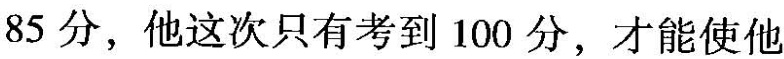
85分，他这次只有考到100分，才能使他